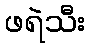
ဖရဲသီး